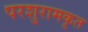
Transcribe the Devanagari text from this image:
परशुरामकृत